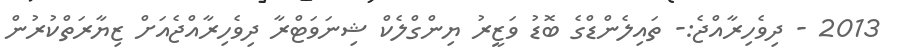
2013 - ދިވެހިރާއްޖެ:- ތައިލެންޑްގެ ބޮޑު ވަޒީރު ޔިންގްލެކް ޝިނަވަޓްރާ ދިވެހިރާއްޖެއަށް ޒިޔާރަތްކުރުން